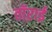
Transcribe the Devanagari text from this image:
तॉऱाई